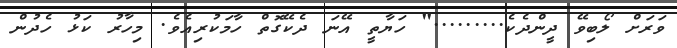
ވަރަށް ލޯބިވޭ ދީންދެކެ........." ހަޔާތީ އޭނަ ދެކޭގޮތް ހާމަކުރިއެވެ. މިހާރު ކަޅު ހެދުން